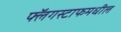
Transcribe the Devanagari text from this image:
फ्लॅगस्टाफमधील